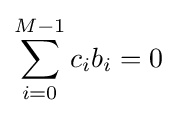
\sum _{i=0}^{M-1}c_{i}b_{i}=0